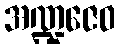
အဏ္ဍဇေဝ